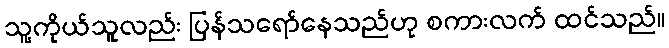
သူ့ကိုယ်သူလည်း ပြန်သရော်နေသည်ဟု စကားလက် ထင်သည်။